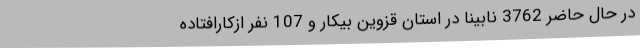
در حال حاضر 3762 نابینا در استان قزوین بیکار و 107 نفر ازکارافتاده